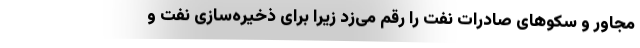
مجاور و سکوهای صادرات نفت را رقم می‌زد زیرا برای ذخیره‌سازی نفت و